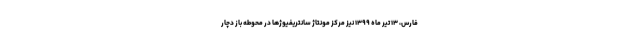
فارس، ۱۳ تیر ماه ۱۳۹۹ نیز مرکز مونتاژ سانتریفیوژها در محوطه باز دچار